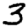
Digit: 3